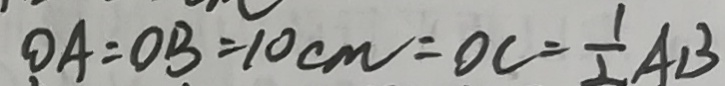
O A = O B = 1 0 c m = O C = \frac { 1 } { 2 } A B